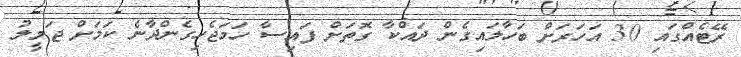
ރޭޓެއްގައި 30 އަހަރަށް ބަހާލައިގެން ދައްކާ ގޮތަށް ފައިސާ ހަމަޖެހިގެންދާނެ ކަމަށް ޖަމީލު